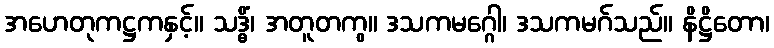
အဟေတုကဋ္ဌကနှင့်။ သဒ္ဓိံ၊ အတူတကွ။ ဒသကမဂ္ဂေါ၊ ဒသကမဂ်သည်။ နိဋ္ဌိတော၊